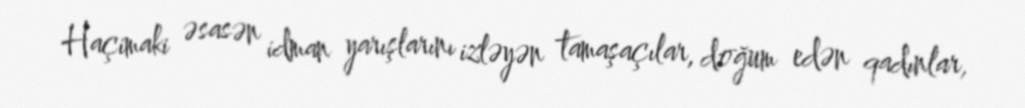
Haçimaki əsasən idman yarışlarını izləyən tamaşaçılar, doğum edən qadınlar,